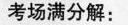
考场满分解：